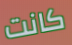
كانت